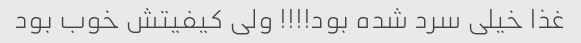
غذا خیلی سرد شده بود!!!! ولی کیفیتش خوب بود